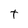
Character: t